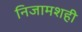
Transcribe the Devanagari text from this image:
निजामशही